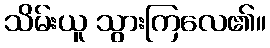
သိမ်းယူ သွားကြလေ၏။